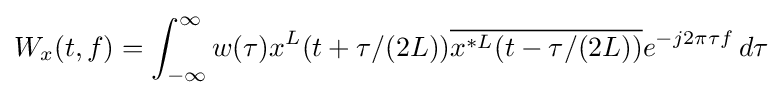
W_{x}(t,f)=\int _{-\infty }^{\infty }w(\tau )x^{L}(t+\tau /(2L)){\overline {x^{*L}(t-\tau /(2L))}}e^{-j2\pi \tau f}\,d\tau